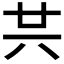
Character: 𠔏